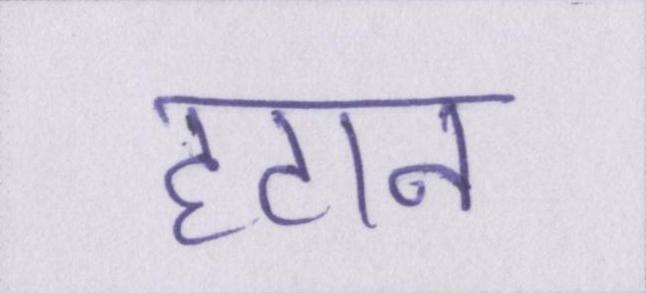
हटान